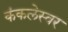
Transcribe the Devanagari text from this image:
कंकलेस्वर